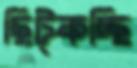
ছিট্‌কচ্ছি